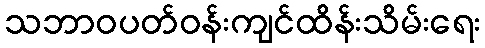
သဘာဝပတ်ဝန်းကျင်ထိန်းသိမ်းရေး